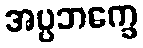
အပ္ပဘက္ခေ